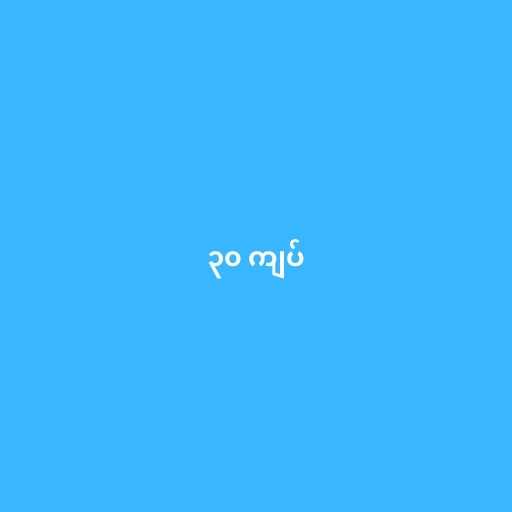
၃၀ ကျပ်